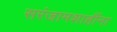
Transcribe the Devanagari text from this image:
सरंजामशाहींना